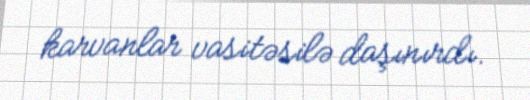
karvanlar vasitəsilə daşınırdı.